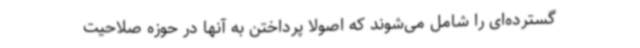
گسترده‌ای را شامل می‌شوند که اصولا پرداختن به آنها در حوزه صلاحیت